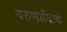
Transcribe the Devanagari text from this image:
वरुणादित्य